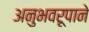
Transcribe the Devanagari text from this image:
अनुभवरूपाने